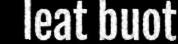
leat buot